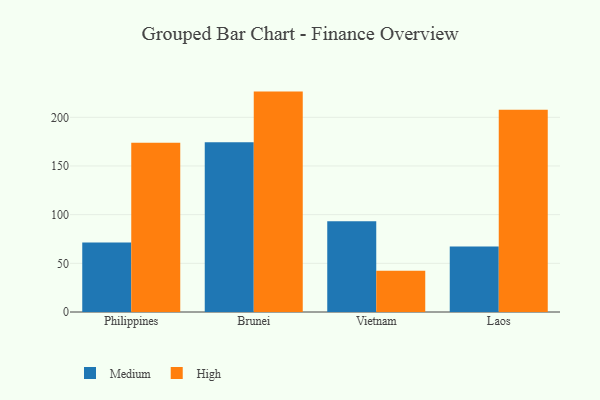
{"axis": {"x": "Country", "y": "Temperature (°C)"}, "legend": ["High", "Medium"], "data": [{"x": "Philippines", "y": 71.4, "type": "Medium"}, {"x": "Philippines", "y": 173.9, "type": "High"}, {"x": "Brunei", "y": 174.4, "type": "Medium"}, {"x": "Brunei", "y": 226.4, "type": "High"}, {"x": "Vietnam", "y": 93.2, "type": "Medium"}, {"x": "Vietnam", "y": 42.3, "type": "High"}, {"x": "Laos", "y": 67.4, "type": "Medium"}, {"x": "Laos", "y": 207.7, "type": "High"}]}